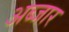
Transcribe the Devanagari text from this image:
अब्जार